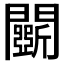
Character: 𨷖